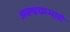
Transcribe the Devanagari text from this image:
अवश्वयम्भावी